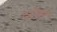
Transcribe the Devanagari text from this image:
दाडिम